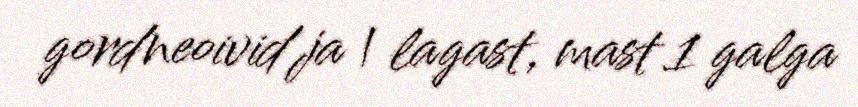
gordneoivid ja | lagast, mast 1 galga